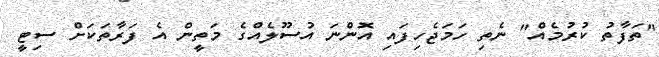
"ތަފާތު ކުރުމެއް" ނެތި ހަމަޖެހިފައި އޮންނަ އުސޫލެއްގެ މަތީން އެ ފަރާތަކަށް ސިޓީ